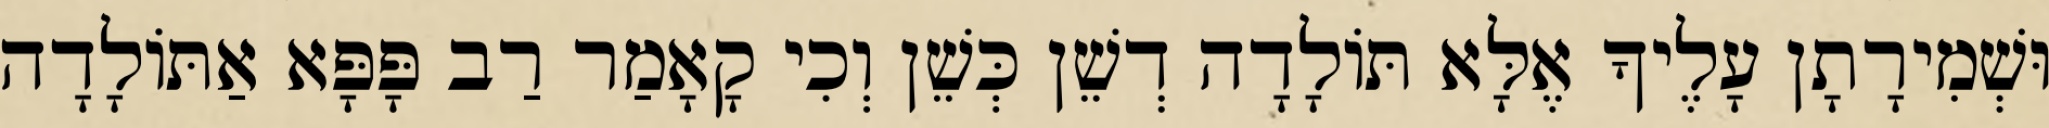
וּשְׁמִירָתָן עָלֶיךָ אֶלָּא תּוֹלָדָה דְשֵׁן כְּשֵׁן וְכִי קָאָמַר רַב פָּפָּא אַתּוֹלָדָה